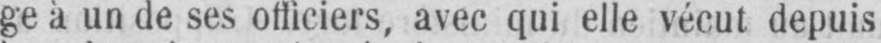
ge à un de ses officiers, avec qui elle vécut depuis